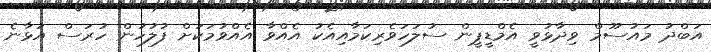
އަބްދު މައުސޫމް ވިދާޅުވީ އެމްޑީޕީން ސުލަހަވެރިކަމާއިއެކު އެއްވާ އެއްވުމަކަށް ފުލުހުން ހުރަސް އަޅާނެ